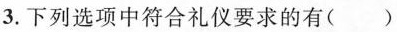
3.下列选项中符合礼仪要求的有（）